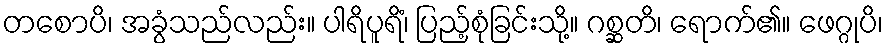
တစောပိ၊ အခွံသည်လည်း။ ပါရိပူရိံ၊ ပြည့်စုံခြင်းသို့။ ဂစ္ဆတိ၊ ရောက်၏။ ဖေဂ္ဂုပိ၊